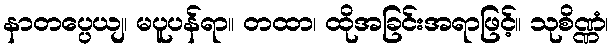
နာတပ္ပေယျ၊ မပူပန်ရာ။ တထာ၊ ထိုအခြင်းအရာဖြင့်။ သုစိဏ္ဏံ၊